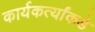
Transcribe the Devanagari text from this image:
कार्यकर्त्यांकडे